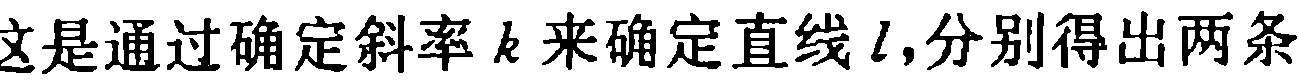
这是通过确定斜率 \(k\) 来确定直线 \(l\),分别得出两条